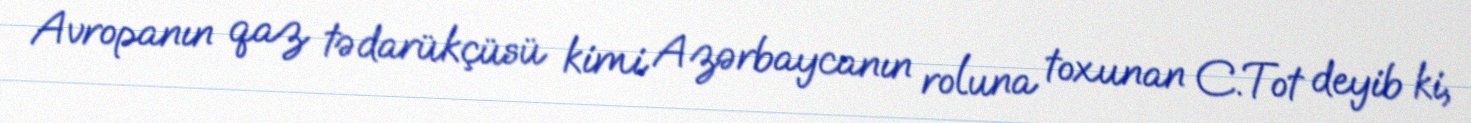
Avropanın qaz tədarükçüsü kimi Azərbaycanın roluna toxunan C.Tot deyib ki,